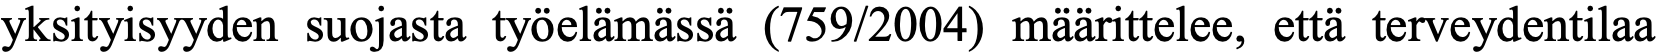
yksityisyyden suojasta työelämässä (759/2004) määrittelee, että terveydentilaa